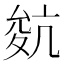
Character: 𡕬